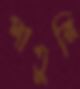
পাতুরি